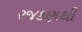
રજકણથી